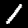
Label: 1